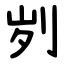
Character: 刿